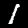
Label: 1